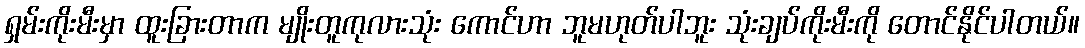
ရှမ်းကိုးမီးမှာ ထူးခြားတာက မျိုးတူကုလားသုံး ကောင်ဟာ ဘူမဟုတ်ပါဘူး သုံးချပ်ကိုးမီးကို တောင်နိုင်ပါတယ်။